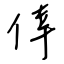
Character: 倖